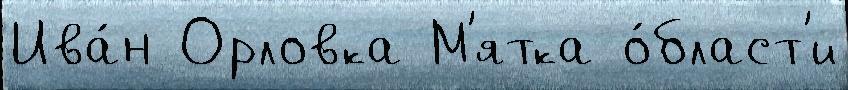
Ива́н Орловка М'ятка о́бласт'и